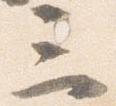
三